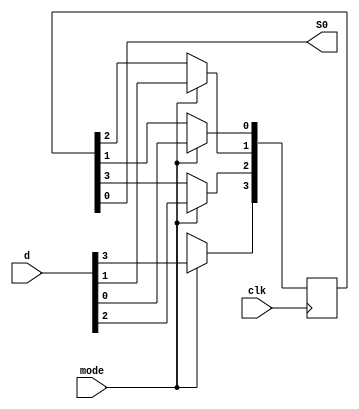
`timescale 1ns / 1ps
//////////////////////////////////////////////////////////////////////////////////
// Company: 
// Engineer: 
// 
// Design Name: 
// Module Name: PISO
// Project Name: 
// Target Devices: 
// Tool Versions: 
// Description: 
// 
// Dependencies: 
// 
// Revision:
// Revision 0.01 - File Created
// Additional Comments:
// 
//////////////////////////////////////////////////////////////////////////////////


module PISO_SR(clk,d,mode,S0);
input clk,mode;
input[3:0]d;
output S0; 
reg[3:0]q;

always@(posedge clk)
begin 
     if(mode)
        q<=d;
      else
      begin 
      q[3]<= 1'bx;
      q[2]<= q[3];
      q[1]<= q[2];
      q[0]<= q[1];
      end
 end 
 assign S0 = q[0];
endmodule